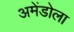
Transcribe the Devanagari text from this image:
अमेंडोला